Reports on military cantonments and civil stations in the Presidency of Bombay inspected by the Sanitary Commissioner in the years 1875 and 1876
Year: 1875
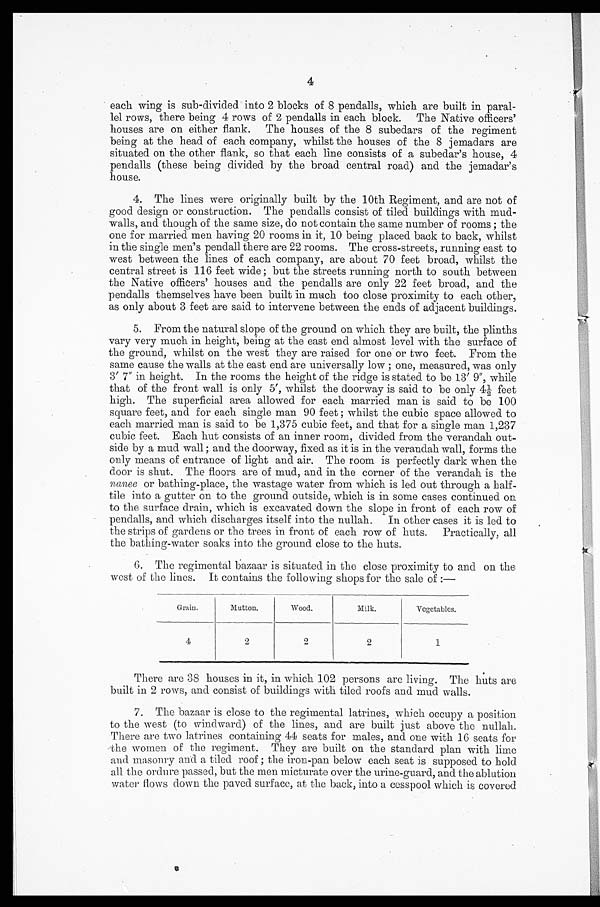
4
each wing is sub-divided into 2 blocks of 8 pendalls, which are built in paral
-lel rows, there being 4 rows of 2 pendalls in each block. The Native officers'
houses are on either flank. The houses of the 8 subedars of the regiment
being at the head of each company, whilst the houses of the 8 jemadars are
situated on the other flank, so that each line consists of a subedar's house, 4
pendalls (these being divided by the broad central road) and the jemadar's
house.
4. The lines were originally built by the 10th Regiment, and are not of
good design or construction. The pendalls consist of tiled buildings with mud-
walls, and though of the same size, do not contain the same number of rooms ; the
one for married men having 20 rooms in it, 10 being placed back to back, whilst
in the single men's pendall there are 22 rooms. The cross-streets, running east to
west between the lines of each company, are about 70 feet broad, whilst the
central street is 116 feet wide ; but the streets running north to south between
the Native officers' houses and the pendalls are only 22 feet broad, and the
pendalls themselves have been built in much too close proximity to each other,
as only about 3 feet are said to intervene between the ends of adjacent buildings.
5. From the natural slope of the ground on which they are built, the plinths
vary very much in height, being at the east end almost level with the surface of
the ground, whilst on the west they are raised for one or two feet. From the
same cause the walls at the east end are universally low ; one, measured, was only
3' 7" in height. In the rooms the height of the ridge is stated to be 13' 9", while
that of the front wall is only 5', whilst the doorway is said to be only 4½ feet
high. The superficial area allowed for each married man is said to be 100
square feet, and for each single man 90 feet ; whilst the cubic space allowed to
each married man is said to be 1,375 cubic feet, and that for a single man 1,237
cubic feet. Each hut consists of an inner room, divided from the verandah out-
-side by a mud wall ; and the doorway, fixed as it is in the verandah wall, forms the
only means of entrance of light and air. The room is perfectly dark when the
door is shut. The floors are of mud, and in the corner of the verandah is the
nanee or bathing-place, the wastage water from which is led out through a half-
tile into a gutter on to the ground outside, which is in some cases continued on
to the surface drain, which is excavated down the slope in front of each row of
pendalls, and which discharges itself into the nullah. In other cases it is led to
the strips of gardens or the trees in front of each row of huts. Practically, all
the bathing-water soaks into the ground close to the huts.
6. The regimental bazaar is situated in the close proximity to and on the
west of the lines. It contains the following shops for the sale of :—
Grain.
Mutton.
Wood.
Milk.
Vegetables.
4
2
2
2
1
There are 38 houses in it, in which 102 persons are living. The huts are
built in 2 rows, and consist of buildings with tiled roofs and mud walls.
7. The bazaar is close to the regimental latrines, which occupy a position
to the west (to windward) of the lines, and are built just above the
nullah. There are two latrines containing 44 seats for males, and one with 16 seats for
the women of the regiment. They are built on the standard plan with lime
and masonry and a tiled roof ; the iron-pan below each seat is supposed to hold
all the ordure passed, but the men micturate over the urine-guard, and the ablution
water flows down the paved surface, at the back, into a cesspool which is covered